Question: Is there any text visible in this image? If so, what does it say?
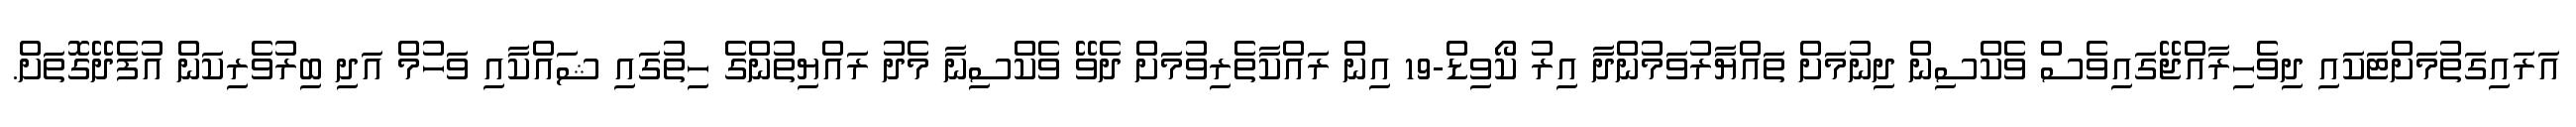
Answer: އަރައިގަތުމަށްޓަކައި ދިވެހިރާއްޖޭގައިވެސް ވެކްސިން ދިނުމަށް ތައްޔާރުވަމުންދާ އިރު ކޯވިޑް-19 އިން ރައްކާތެރިވުމަށް ދެވޭ ވެކްސިނާ މެދު ރައްޔިތުންގެ ހިތުގައި ޝައްކާއި ވަހުމް އަދި ބިރުވެރިކަން އުފެދޭގޮތަށް.